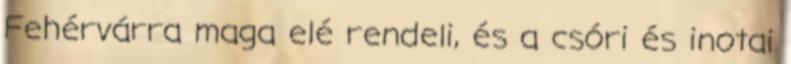
Fehérvárra maga elé rendeli, és a csóri és inotai